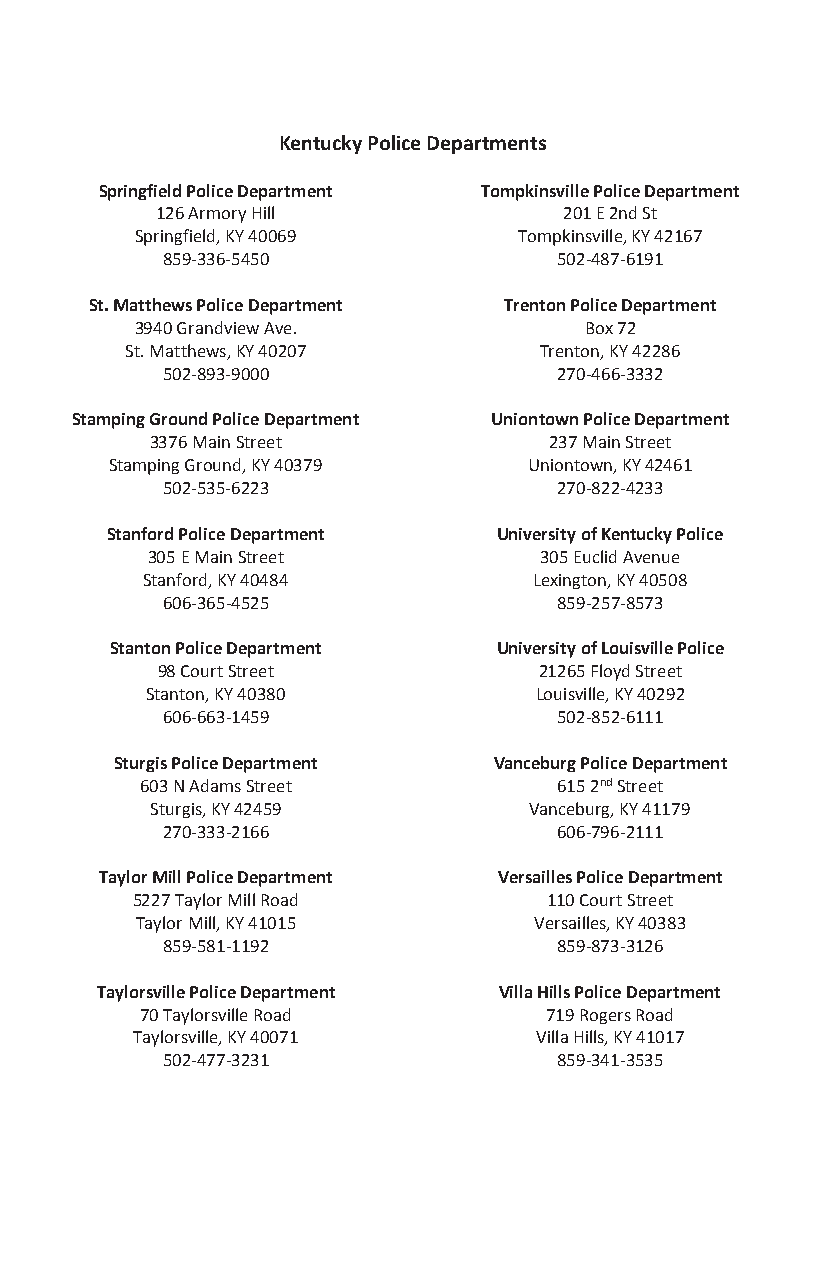
Kentucky Police Departments
 Springfield Police Department Tompkinsville Police Department
 126 Armory Hill            201 E 2nd St
 Springfield, KY 40069    Tompkinsville, KY 42167
 859-336-5450              502-487-6191
 St. Matthews Police Department Trenton Police Department
 3940 Grandview Ave.           Box 72
 St. Matthews, KY 40207      Trenton, KY 42286
 502-893-9000              270-466-3332
 Stamping Ground Police Department Uniontown Police Department
 3376 Main Street          237 Main Street
 Stamping Ground, KY 40379   Uniontown, KY 42461
 502-535-6223              270-822-4233
 Stanford Police Department University of Kentucky Police
 305 E Main Street         305 Euclid Avenue
 Stanford, KY 40484        Lexington, KY 40508
 606-365-4525              859-257-8573
 Stanton Police Department University of Louisville Police
 98 Court Street           21265 Floyd Street
 Stanton, KY 40380        Louisville, KY 40292
 606-663-1459              502-852-6111
 Sturgis Police Department Vanceburg Police Department
 603 N Adams Street          615 2nd Street
 Sturgis, KY 42459        Vanceburg, KY 41179
 270-333-2166              606-796-2111
 Taylor Mill Police Department Versailles Police Department
 5227 Taylor Mill Road      110 Court Street
 Taylor Mill, KY 41015     Versailles, KY 40383
 859-581-1192              859-873-3126
 Taylorsville Police Department Villa Hills Police Department
 70 Taylorsville Road       719 Rogers Road
 Taylorsville, KY 40071    Villa Hills, KY 41017
 502-477-3231              859-341-3535